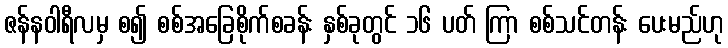
ဇန်နဝါရီလမှ စ၍ စစ်အခြေစိုက်စခန်း နှစ်ခုတွင် ၁၆ ပတ် ကြာ စစ်သင်တန်း ပေးမည်ဟု